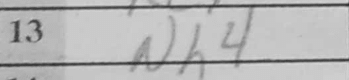
Transcription: Nh4